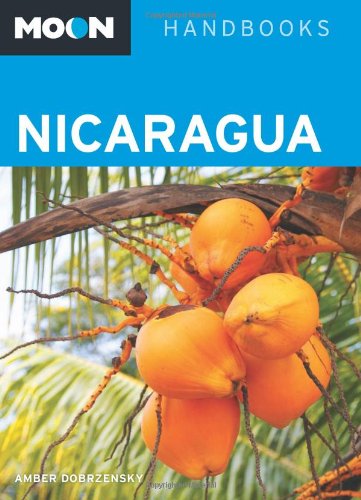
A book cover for Moon Nicaragua (Moon Handbooks); Amber Dobrzensky; Travel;